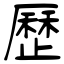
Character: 歷